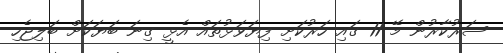
ސަރުކާރުން މޭ 11 ގައި ހަރުކަށި ފިޔަވަޅުތައް އެޅީ ގިނަ ބަޔަކަށް ބަލިޖެހި